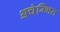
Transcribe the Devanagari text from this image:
अचंम्भित